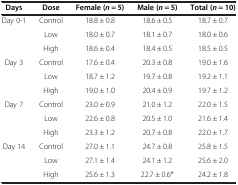
| Days | Dose | Female (n = 5) | Male (n = 5) | Total (n = 10) |
 | --- | --- | --- | --- | --- |
 | Day 0-1 | Control | 18.8 ± 0.8 | 18.6 ± 0.5 | 18.7 ± 0.7 |
 |  | Low | 18.0 ± 0.7 | 18.1 ± 0.7 | 18.0 ± 0.6 |
 |  | High | 18.6 ± 0.4 | 18.4 ± 0.5 | 18.5 ± 0.5 |
 | Day 3 | Control | 17.6 ± 0.4 | 20.3 ± 0.8 | 19.0 ± 1.6 |
 |  | Low | 18.7 ± 1.2 | 19.7 ± 0.8 | 19.2 ± 1.1 |
 |  | High | 19.0 ± 1.0 | 20.4 ± 0.9 | 19.7 ± 1.2 |
 | Day 7 | Control | 23.0 ± 0.9 | 21.0 ± 1.2 | 22.0 ± 1.5 |
 |  | Low | 22.6 ± 0.8 | 20.5 ± 1.0 | 21.6 ± 1.4 |
 |  | High | 23.3 ± 1.2 | 20.7 ± 0.8 | 22.0 ± 1.7 |
 | Day 14 | Control | 27.0 ± 1.1 | 24.7 ± 0.8 | 25.8 ± 1.5 |
 |  | Low | 27.1 ± 1.4 | 24.1 ± 1.2 | 25.6 ± 2.0 |
 |  | High | 25.6 ± 1.3 | 22.7 ± 0.6* | 24.2 ± 1.8 |